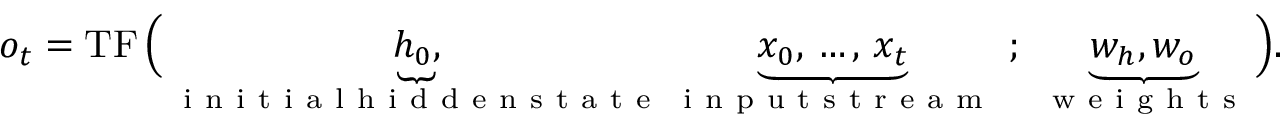
o _ { t } = \operatorname { T F } \Big ( \underbrace { h _ { 0 } , } _ { \mathrm { ~ i ~ n ~ i ~ t ~ i ~ a ~ l ~ h ~ i ~ d ~ d ~ e ~ n ~ s ~ t ~ a ~ t ~ e ~ } } \underbrace { x _ { 0 } , \, \dots , \, x _ { t } } _ { \mathrm { ~ i ~ n ~ p ~ u ~ t ~ s ~ t ~ r ~ e ~ a ~ m ~ } } \, \, ; \, \, \underbrace { w _ { h } , w _ { o } } _ { \mathrm { ~ w ~ e ~ i ~ g ~ h ~ t ~ s ~ } } \Big ) .